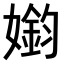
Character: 𫱳